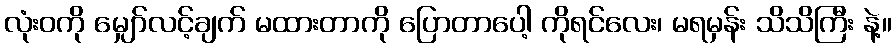
လုံးဝကို မျှော်လင့်ချက် မထားတာကို ပြောတာပေါ့ ကိုရင်လေး၊ မရမှန်း သိသိကြီး နဲ့။